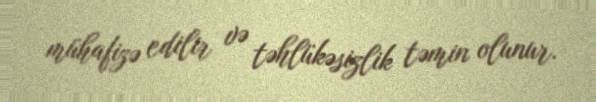
mühafizə edilir və təhlükəsizlik təmin olunur.